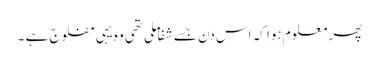
پھر معلوم ہوا کہ اس دن جسے شفا ملی تھی وہ یہی مفلوج ہے ۔